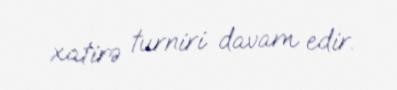
xatirə turniri davam edir.